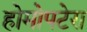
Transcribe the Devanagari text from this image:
होमोपटेरा